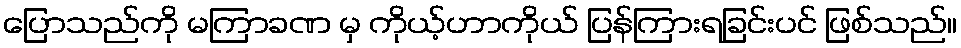
ပြောသည်ကို မကြာခဏ မှ ကိုယ့်ဟာကိုယ် ပြန်ကြားရခြင်းပင် ဖြစ်သည်။